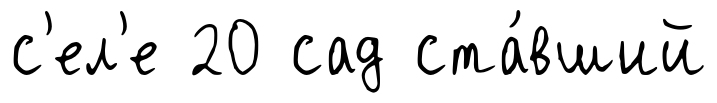
с'ел'е 20 сад ста́вший